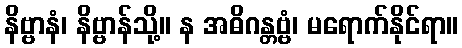
နိဗ္ဗာနံ၊ နိဗ္ဗာန်သို့။ န အဓိဂန္တဗ္ဗံ၊ မရောက်နိုင်ရာ။